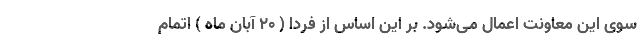
سوی این معاونت اعمال می‌شود. بر این اساس از فردا ( ٢٠ آبان ماه ) اتمام